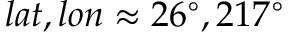
l a t , l o n \approx 2 6 ^ { \circ } , 2 1 7 ^ { \circ }